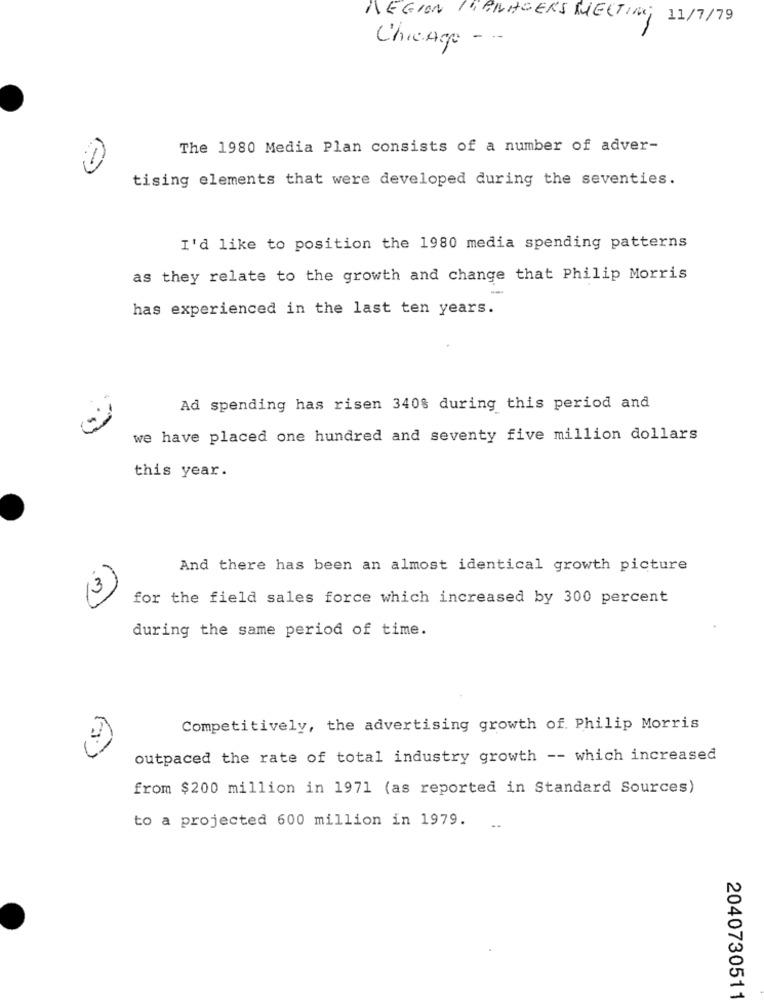
REGION L'BLASERS MELTING 11/7/79
Chicago ---
The 1980 Media Plan consists of a number of adver-
tising elements that were developed during the seventies.
I'd like to position the 1980 media spending patterns
as they relate to the growth and change that Philip Morris
has experienced in the last ten years.
Ad spending has risen 340% during this period and
we have placed one hundred and seventy five million dollars
this year.
And there has been an almost identical growth picture
13
for the field sales force which increased by 300 percent
during the same period of time.
Competitively, the advertising growth of. Philip Morris
outpaced the rate of total industry growth -- which increased
from $200 million in 1971 (as reported in Standard Sources)
to a projected 600 million in 1979.
..
2040730511